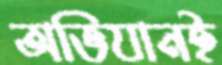
অভিযানই